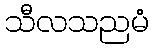
သီလသညမံ